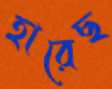
হারেছ